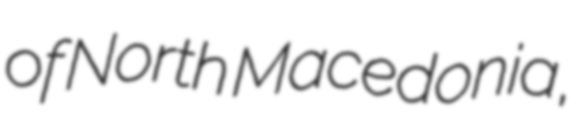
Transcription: of North Macedonia,